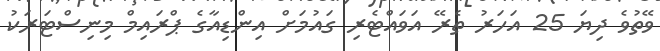
ވޭތުވެ ދިޔަ 25 އަހަރު ތެރޭ އަވައްޓެރި ގައުމަށް އިންޑިއާގެ ޕްރައިމް މިނިސްޓަރަކު